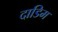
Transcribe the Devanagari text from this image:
दाडिम